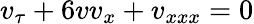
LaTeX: v_{\tau}+6vv_{x}+v_{xxx}=0